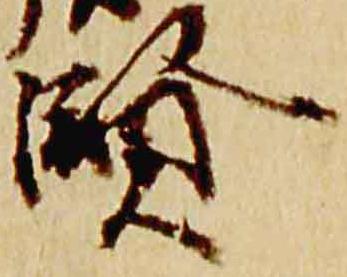
賢